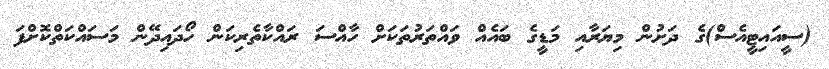
(ސީއައިޓީއެސް)ގެ ދަށުން މިޔަރާއި މަޑީގެ ބައެއް ވައްތަރުތަކަށް ހާއްސަ ރައްކާތެރިކަން ހޯދައިދޭން މަސައްކަތްކޮށްފަ